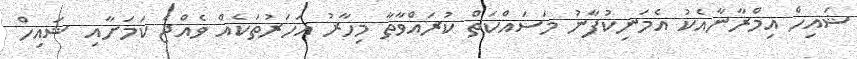
ޝައިހް އިމްރާނާއެކު އެމަނިކުފާނު މަސައްކަތް ކުރައްވާތާ މިހާރު އަހަރުތަކެއް ވެއްޖެ ކަމަށާއި ޝައިހް